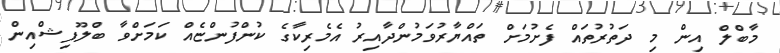
މާބްލް އިން މި ދަތުރުތައް ފެށުމަށް ތައްޔާރުވަމުންދާއިރު އެމެރިކާގެ ކުންފުންޏެއް ކަމަށްވާ ބްލޫފިޝްއިން